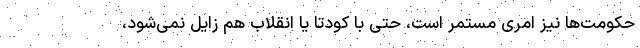
حکومت‌ها نیز امری مستمر است، حتی با کودتا یا انقلاب هم زایل نمی‌شود،